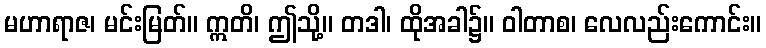
မဟာရာဇ၊ မင်းမြတ်။ ဣတိ၊ ဤသို့။ တဒါ၊ ထိုအခါ၌။ ဝါတာစ၊ လေလည်းကောင်း။